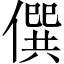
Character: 僎